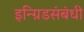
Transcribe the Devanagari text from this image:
इन्ग्रिडसंबंधी